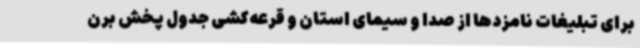
برای تبلیغات نامزدها از صدا و سیمای استان و قرعه‌کشی جدول پخش برن